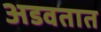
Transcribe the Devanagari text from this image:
अडवतात